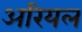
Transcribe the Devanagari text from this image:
अरियल